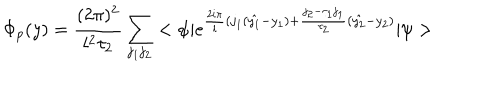
LaTeX: \Phi _ { p } ( y ) = \frac { ( 2 \pi ) ^ { 2 } } { l ^ { 2 } \tau _ { 2 } } \sum _ { j _ { 1 } j _ { 2 } } < \psi | e ^ { \frac { 2 i \pi } { l } ( j _ { 1 } ( \hat { y _ { 1 } } - y _ { 1 } ) + \frac { j _ { 2 } - \tau _ { 1 } j _ { 1 } } { \tau _ { 2 } } ( \hat { y _ { 2 } } - y _ { 2 } ) } | \psi >